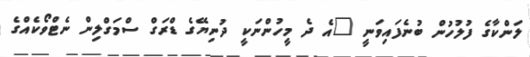
ލަންކާގެ ފުލުހުން ބުނެފައިވަނީ "އެ ދެ މީހުންނަކީ ދުނިޔޭގެ ޑްރަގް ސްމަގްލިން ނެޓްވޯކެއްގެ